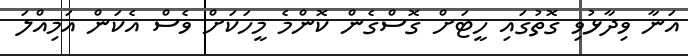
އަނާ ވިދާޅުވި ގޮތުގައި ހީޓަށް ގޮސްގެން ކޮންމެ މީހަކަށް ވެސް އެކަން އަމިއްލަ